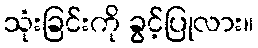
သုံးခြင်းကို ခွင့်ပြုလား။